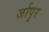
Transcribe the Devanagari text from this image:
र्जापुर